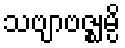
သဗျာဗဇ္ဈမ္ပိ